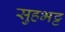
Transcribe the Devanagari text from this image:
सुहभट्ट